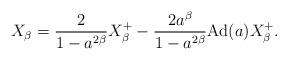
LaTeX: \begin{align*}X_\beta=\frac{2}{1-a^{2\beta}}X_\beta^+ - \frac{2a^\beta}{1-a^{2\beta}} \textrm{Ad}(a)X_\beta^+.\end{align*}